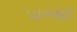
પારથી